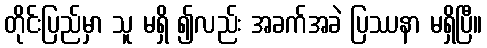
တိုင်းပြည်မှာ သူ မရှိ ၍လည်း အခက်အခဲ ပြဿနာ မရှိပြီ။